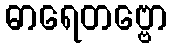
ဓာရေတဗ္ဗော